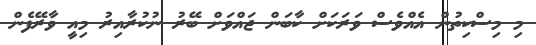
މި މިސްކިތުން އެއްވެސް ވަރަކަށް ކާބަން ޖައްވަށް ބޭރު ނުކުރާއިރު މިއީ ވާރޭފެން